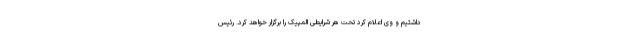
داشتیم و وی اعلام کرد تحت هر شرایطی المپیک را برگزار خواهد کرد. رئیس